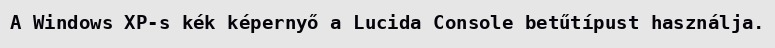
A Windows XP-s kék képernyő a Lucida Console betűtípust használja.